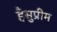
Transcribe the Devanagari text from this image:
हैसुप्रीम